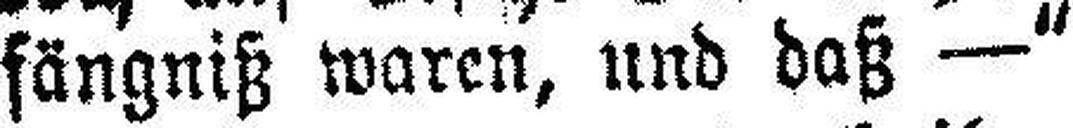
fängniß waren, und daß —“